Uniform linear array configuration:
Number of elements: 4
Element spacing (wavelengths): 0.5
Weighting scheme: hamming
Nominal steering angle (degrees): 15
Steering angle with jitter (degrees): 16.424
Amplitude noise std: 0.05
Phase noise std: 0.05

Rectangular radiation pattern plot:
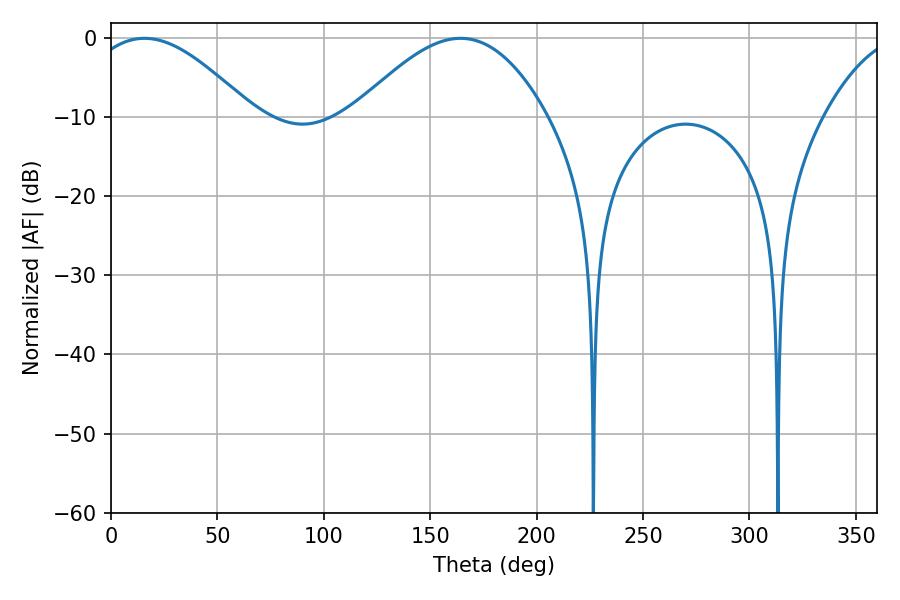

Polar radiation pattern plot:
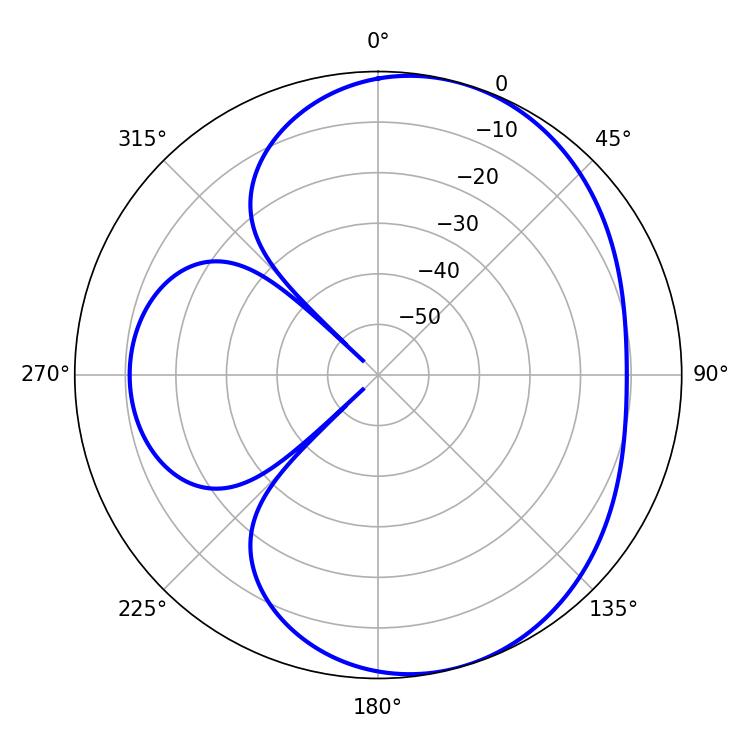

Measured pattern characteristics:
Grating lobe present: FALSE
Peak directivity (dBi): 5.539
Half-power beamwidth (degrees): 41.94
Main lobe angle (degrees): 15.66